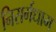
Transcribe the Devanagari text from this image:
निसर्गधाम